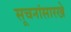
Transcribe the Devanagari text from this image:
सूचनांसारखे